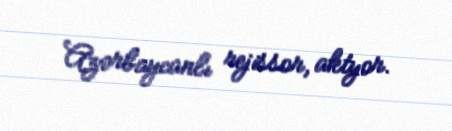
Azərbaycanlı rejissor, aktyor.